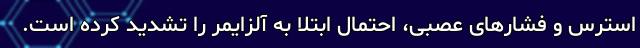
استرس و فشارهای عصبی، احتمال ابتلا به آلزایمر را تشدید کرده است.